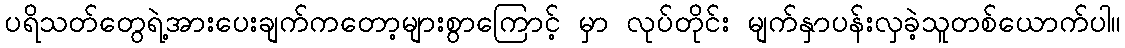
ပရိသတ်တွေရဲ့အားပေးချက်ကတော့များစွာကြောင့် မှာ လုပ်တိုင်း မျက်နှာပန်းလှခဲ့သူတစ်ယောက်ပါ။